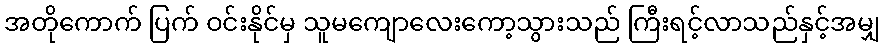
အတိုကောက် ပြက် ဝင်းနိုင်မှ သူမကျောလေးကော့သွားသည် ကြီးရင့်လာသည်နှင့်အမျှ